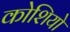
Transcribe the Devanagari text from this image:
कोशियो